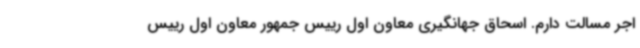
اجر مسالت دارم. اسحاق جهانگیری معاون اول رییس جمهور معاون اول رییس